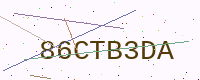
Text: 86CTB3DA